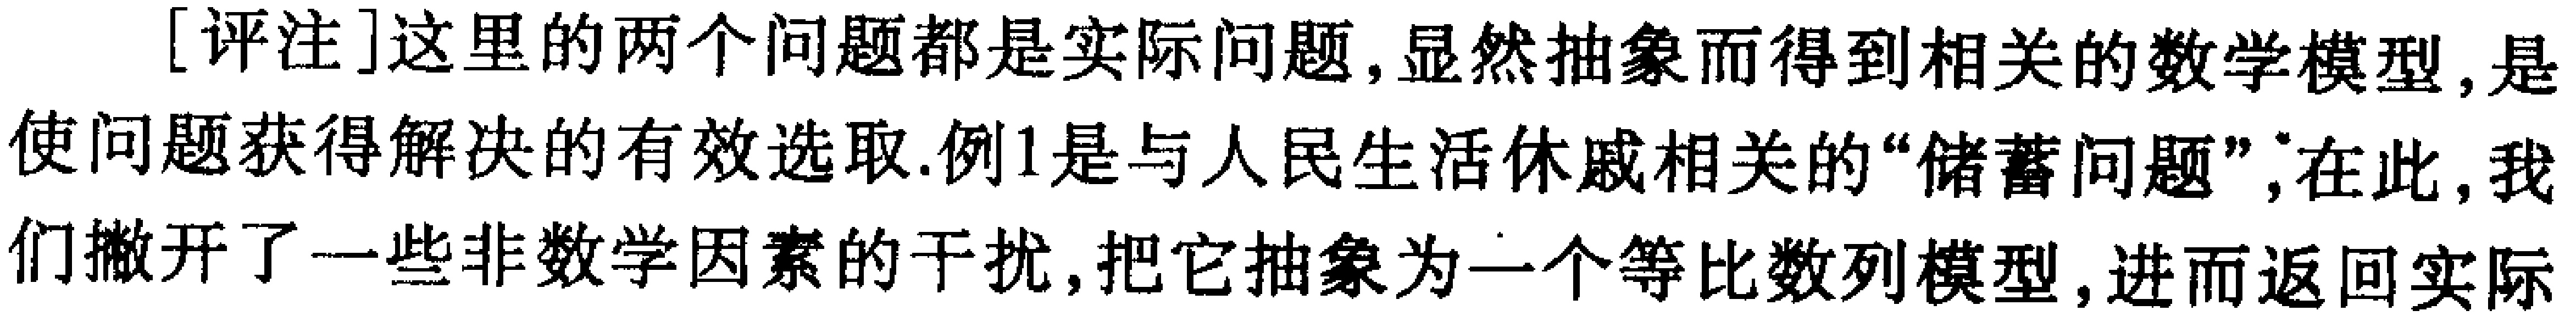
[评注]这里的两个问题都是实际问题,显然抽象而得到相关的数学模型,是使问题获得解决的有效选取.例1是与人民生活休戚相关的“储蓄问题”,在此,我们撇开了一些非数学因素的干扰,把它抽象为一个等比数列模型,进而返回实际